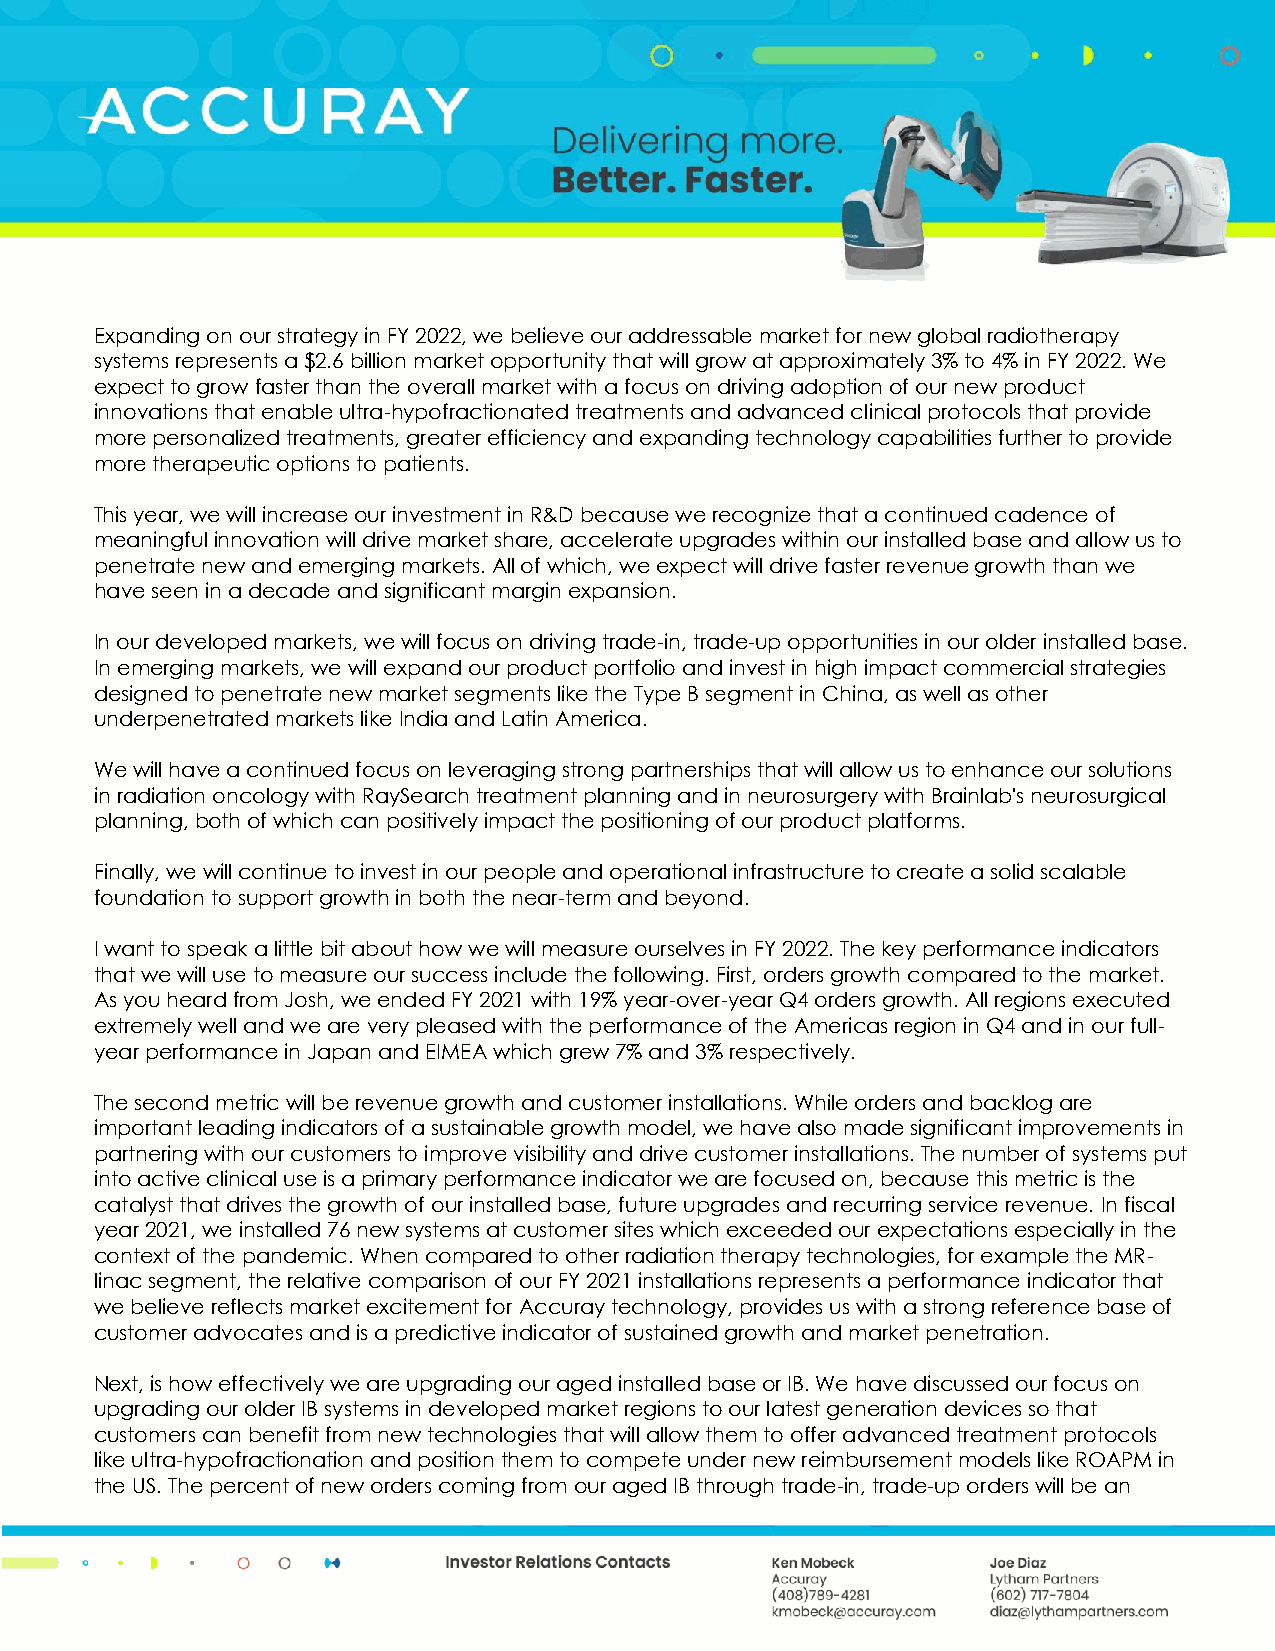
Expanding on our strategy in FY 2022, we believe our addressable market for new global radiotherapy
 systems represents a $2.6 billion market opportunity that will grow at approximately 3% to 4% in FY 2022. We
 expect to grow faster than the overall market with a focus on driving adoption of our new product
 innovations that enable ultra-hypofractionated treatments and advanced clinical protocols that provide
 more personalized treatments, greater efficiency and expanding technology capabilities further to provide
 more therapeutic options to patients.
 This year, we will increase our investment in R&D because we recognize that a continued cadence of
 meaningful innovation will drive market share, accelerate upgrades within our installed base and allow us to
 penetrate new and emerging markets. All of which, we expect will drive faster revenue growth than we
 have seen in a decade and significant margin expansion.
 In our developed markets, we will focus on driving trade-in, trade-up opportunities in our older installed base.
 In emerging markets, we will expand our product portfolio and invest in high impact commercial strategies
 designed to penetrate new market segments like the Type B segment in China, as well as other
 underpenetrated markets like India and Latin America.
 We will have a continued focus on leveraging strong partnerships that will allow us to enhance our solutions
 in radiation oncology with RaySearch treatment planning and in neurosurgery with Brainlab's neurosurgical
 planning, both of which can positively impact the positioning of our product platforms.
 Finally, we will continue to invest in our people and operational infrastructure to create a solid scalable
 foundation to support growth in both the near-term and beyond.
 I want to speak a little bit about how we will measure ourselves in FY 2022. The key performance indicators
 that we will use to measure our success include the following. First, orders growth compared to the market.
 As you heard from Josh, we ended FY 2021 with 19% year-over-year Q4 orders growth. All regions executed
 extremely well and we are very pleased with the performance of the Americas region in Q4 and in our full-
 year performance in Japan and EIMEA which grew 7% and 3% respectively.
 The second metric will be revenue growth and customer installations. While orders and backlog are
 important leading indicators of a sustainable growth model, we have also made significant improvements in
 partnering with our customers to improve visibility and drive customer installations. The number of systems put
 into active clinical use is a primary performance indicator we are focused on, because this metric is the
 catalyst that drives the growth of our installed base, future upgrades and recurring service revenue. In fiscal
 year 2021, we installed 76 new systems at customer sites which exceeded our expectations especially in the
 context of the pandemic. When compared to other radiation therapy technologies, for example the MR-
 linac segment, the relative comparison of our FY 2021 installations represents a performance indicator that
 we believe reflects market excitement for Accuray technology, provides us with a strong reference base of
 customer advocates and is a predictive indicator of sustained growth and market penetration.
 Next, is how effectively we are upgrading our aged installed base or IB. We have discussed our focus on
 upgrading our older IB systems in developed market regions to our latest generation devices so that
 customers can benefit from new technologies that will allow them to offer advanced treatment protocols
 like ultra-hypofractionation and position them to compete under new reimbursement models like ROAPM in
 the US. The percent of new orders coming from our aged IB through trade-in, trade-up orders will be an